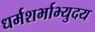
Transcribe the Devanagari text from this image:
धर्मशर्भाभ्युदय